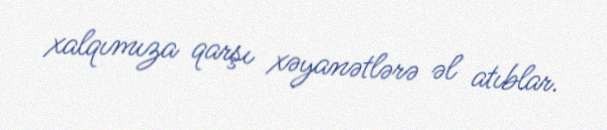
xalqımıza qarşı xəyanətlərə əl atıblar.